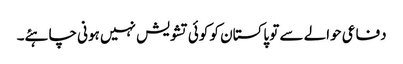
دفاعی حوالے سے تو پاکستان کو کوئی تشویش نہیں ہونی چاہئے۔